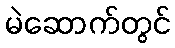
မဲဆောက်တွင်